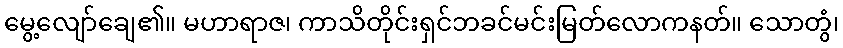
မွေ့လျော်ချေ၏။ မဟာရာဇ၊ ကာသိတိုင်းရှင်ဘခင်မင်းမြတ်လောကနတ်။ သောတွံ၊